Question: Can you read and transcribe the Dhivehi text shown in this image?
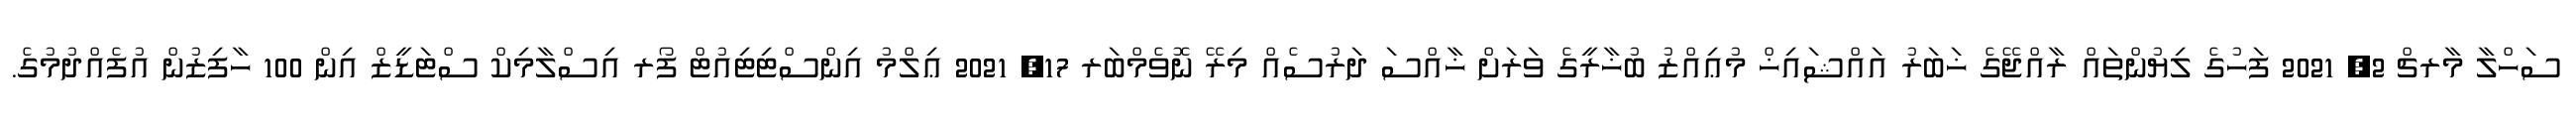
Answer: ސަހްލާ މާރޗް 2, 2021 ފަހުގެ ލިޔުންތައް ރާއްޖޭގެ ޚަބަރު އައްޝައިޚް މުޢިއްޒު ބުޚާރީގެ ވަރަށް ޚާއްސަ ދަރުސެއް މިރޭ ނޮވެމްބަރ 17, 2021 ޢިލްމު އިންސްޓިޓިއުޓް ފޯރ އިސްލާމިކް ސްޓަޑީޒް އިން 100 ހާފިޒުން އުފެއްދުމުގެ.